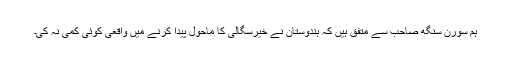
ہم سورن سنگھ صاحب سے متفق ہیں کہ ہندوستان نے خیرسگالی کا ماحول پیدا کرنے میں واقعی کوئی کمی نہ کی۔